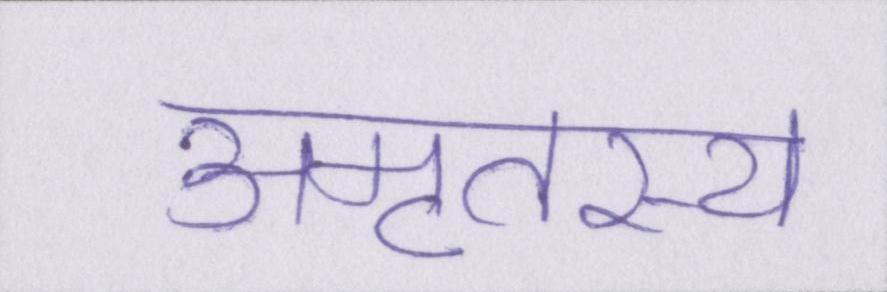
अमृतस्य